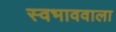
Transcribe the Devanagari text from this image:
स्वभाववाला